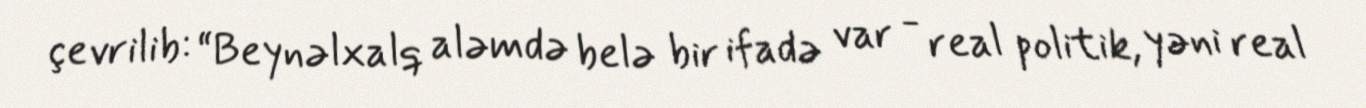
çevrilib: “Beynəlxalq aləmdə belə bir ifadə var - real politik, yəni real